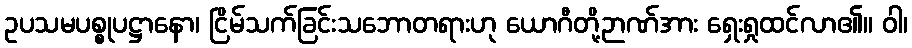
ဥပသမပစ္စုပဋ္ဌာနော၊ ငြိမ်သက်ခြင်းသဘောတရားဟု ယောဂီတို့ဉာဏ်အား ရှေးရှုထင်လာ၏။ ဝါ၊